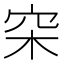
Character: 穼